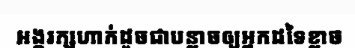
អង្គរក្សហាក់ដូចជាបន្លាចឲ្យអ្នកដទៃខ្លាច